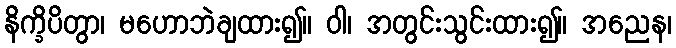
နိက္ခိပိတွာ၊ မဟောဘဲချထား၍။ ဝါ၊ အတွင်းသွင်းထား၍။ အညေန၊